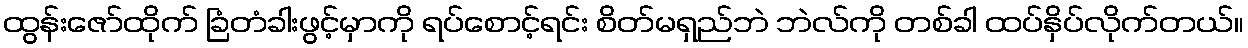
ထွန်းဇော်ထိုက် ခြံတံခါးဖွင့်မှာကို ရပ်စောင့်ရင်း စိတ်မရှည်ဘဲ ဘဲလ်ကို တစ်ခါ ထပ်နှိပ်လိုက်တယ်။